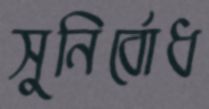
সুনির্বোধ